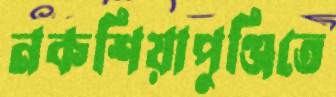
নকশিয়াপুঞ্জিতে